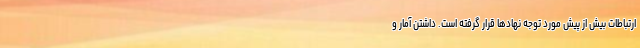
ارتباطات بیش از پیش مورد توجه نهادها قرار گرفته است. داشتن آمار و